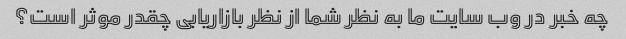
چه خبر در وب سایت ما به نظر شما از نظر بازاریابی چقدر موثر است؟